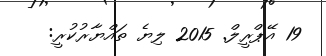
19 އޭޕްރީލް